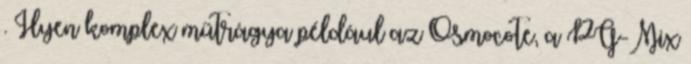
. Ilyen komplex műtrágya például az Osmocote, a PG-Mix